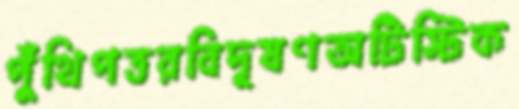
পুঁথিপত্তরবিদূষণঅটিস্টিক